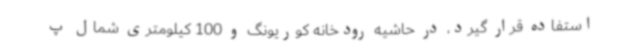
استفاده قرار گیرد، در حاشیه رودخانه کوریونگ و 100 کیلومتری شمال پ